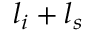
l _ { i } + l _ { s }